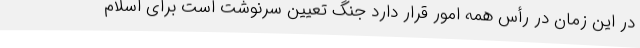
در این زمان در رأس همه امور قرار دارد جنگ تعیین سرنوشت است برای اسلام